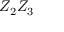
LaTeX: Z _ { 2 } Z _ { 3 }